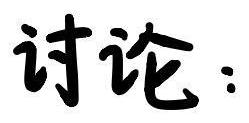
讨论：